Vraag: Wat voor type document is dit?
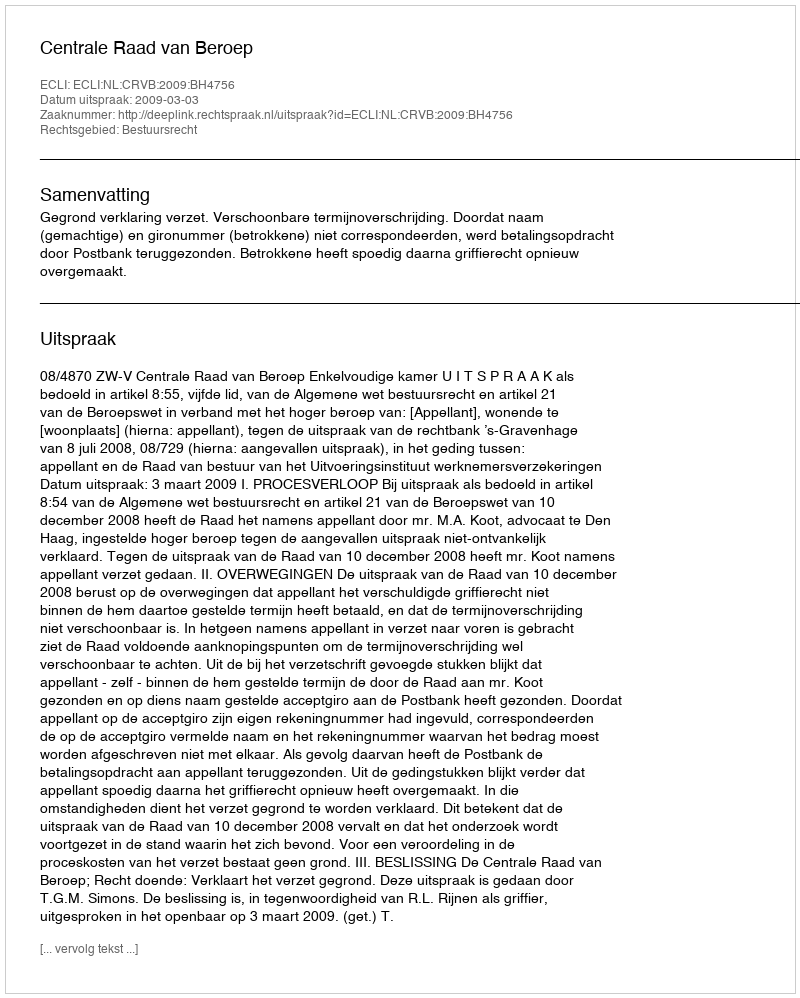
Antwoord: Uitspraak